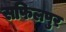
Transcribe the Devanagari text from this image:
सफिलपुर